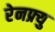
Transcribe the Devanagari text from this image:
रेनफ्र्यु